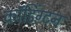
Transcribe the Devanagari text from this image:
कॉडिंग्टन